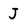
Character: J